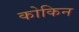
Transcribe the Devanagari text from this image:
कोकिन